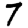
Digit: 7